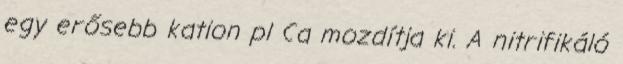
egy erősebb kation pl Ca mozdítja ki. A nitrifikáló